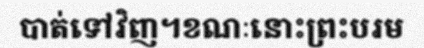
បាត់ទៅវិញ។ខណៈនោះព្រះបរម